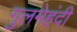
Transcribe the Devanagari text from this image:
गुलमेहंदी